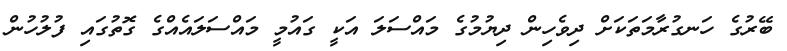
ބޭރުގެ ހަނގުރާމަތަކަށް ދިވެހިން ދިޔުމުގެ މައްސަލަ އަކީ ގައުމީ މައްސަލައެއްގެ ގޮތުގައި ފުލުހުން